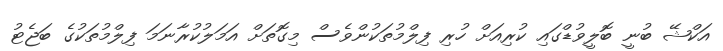
އަކްޝޭ ބުނީ ބޮލީވުޑްގައި ކުރިއަށް ހުރި ފިލްމުތަކުންވެސް މިގޮތަށް އަމަލުކުރާނަމަ ފިލްމުތަކުގެ ބަޖެޓު